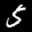
Label: 5